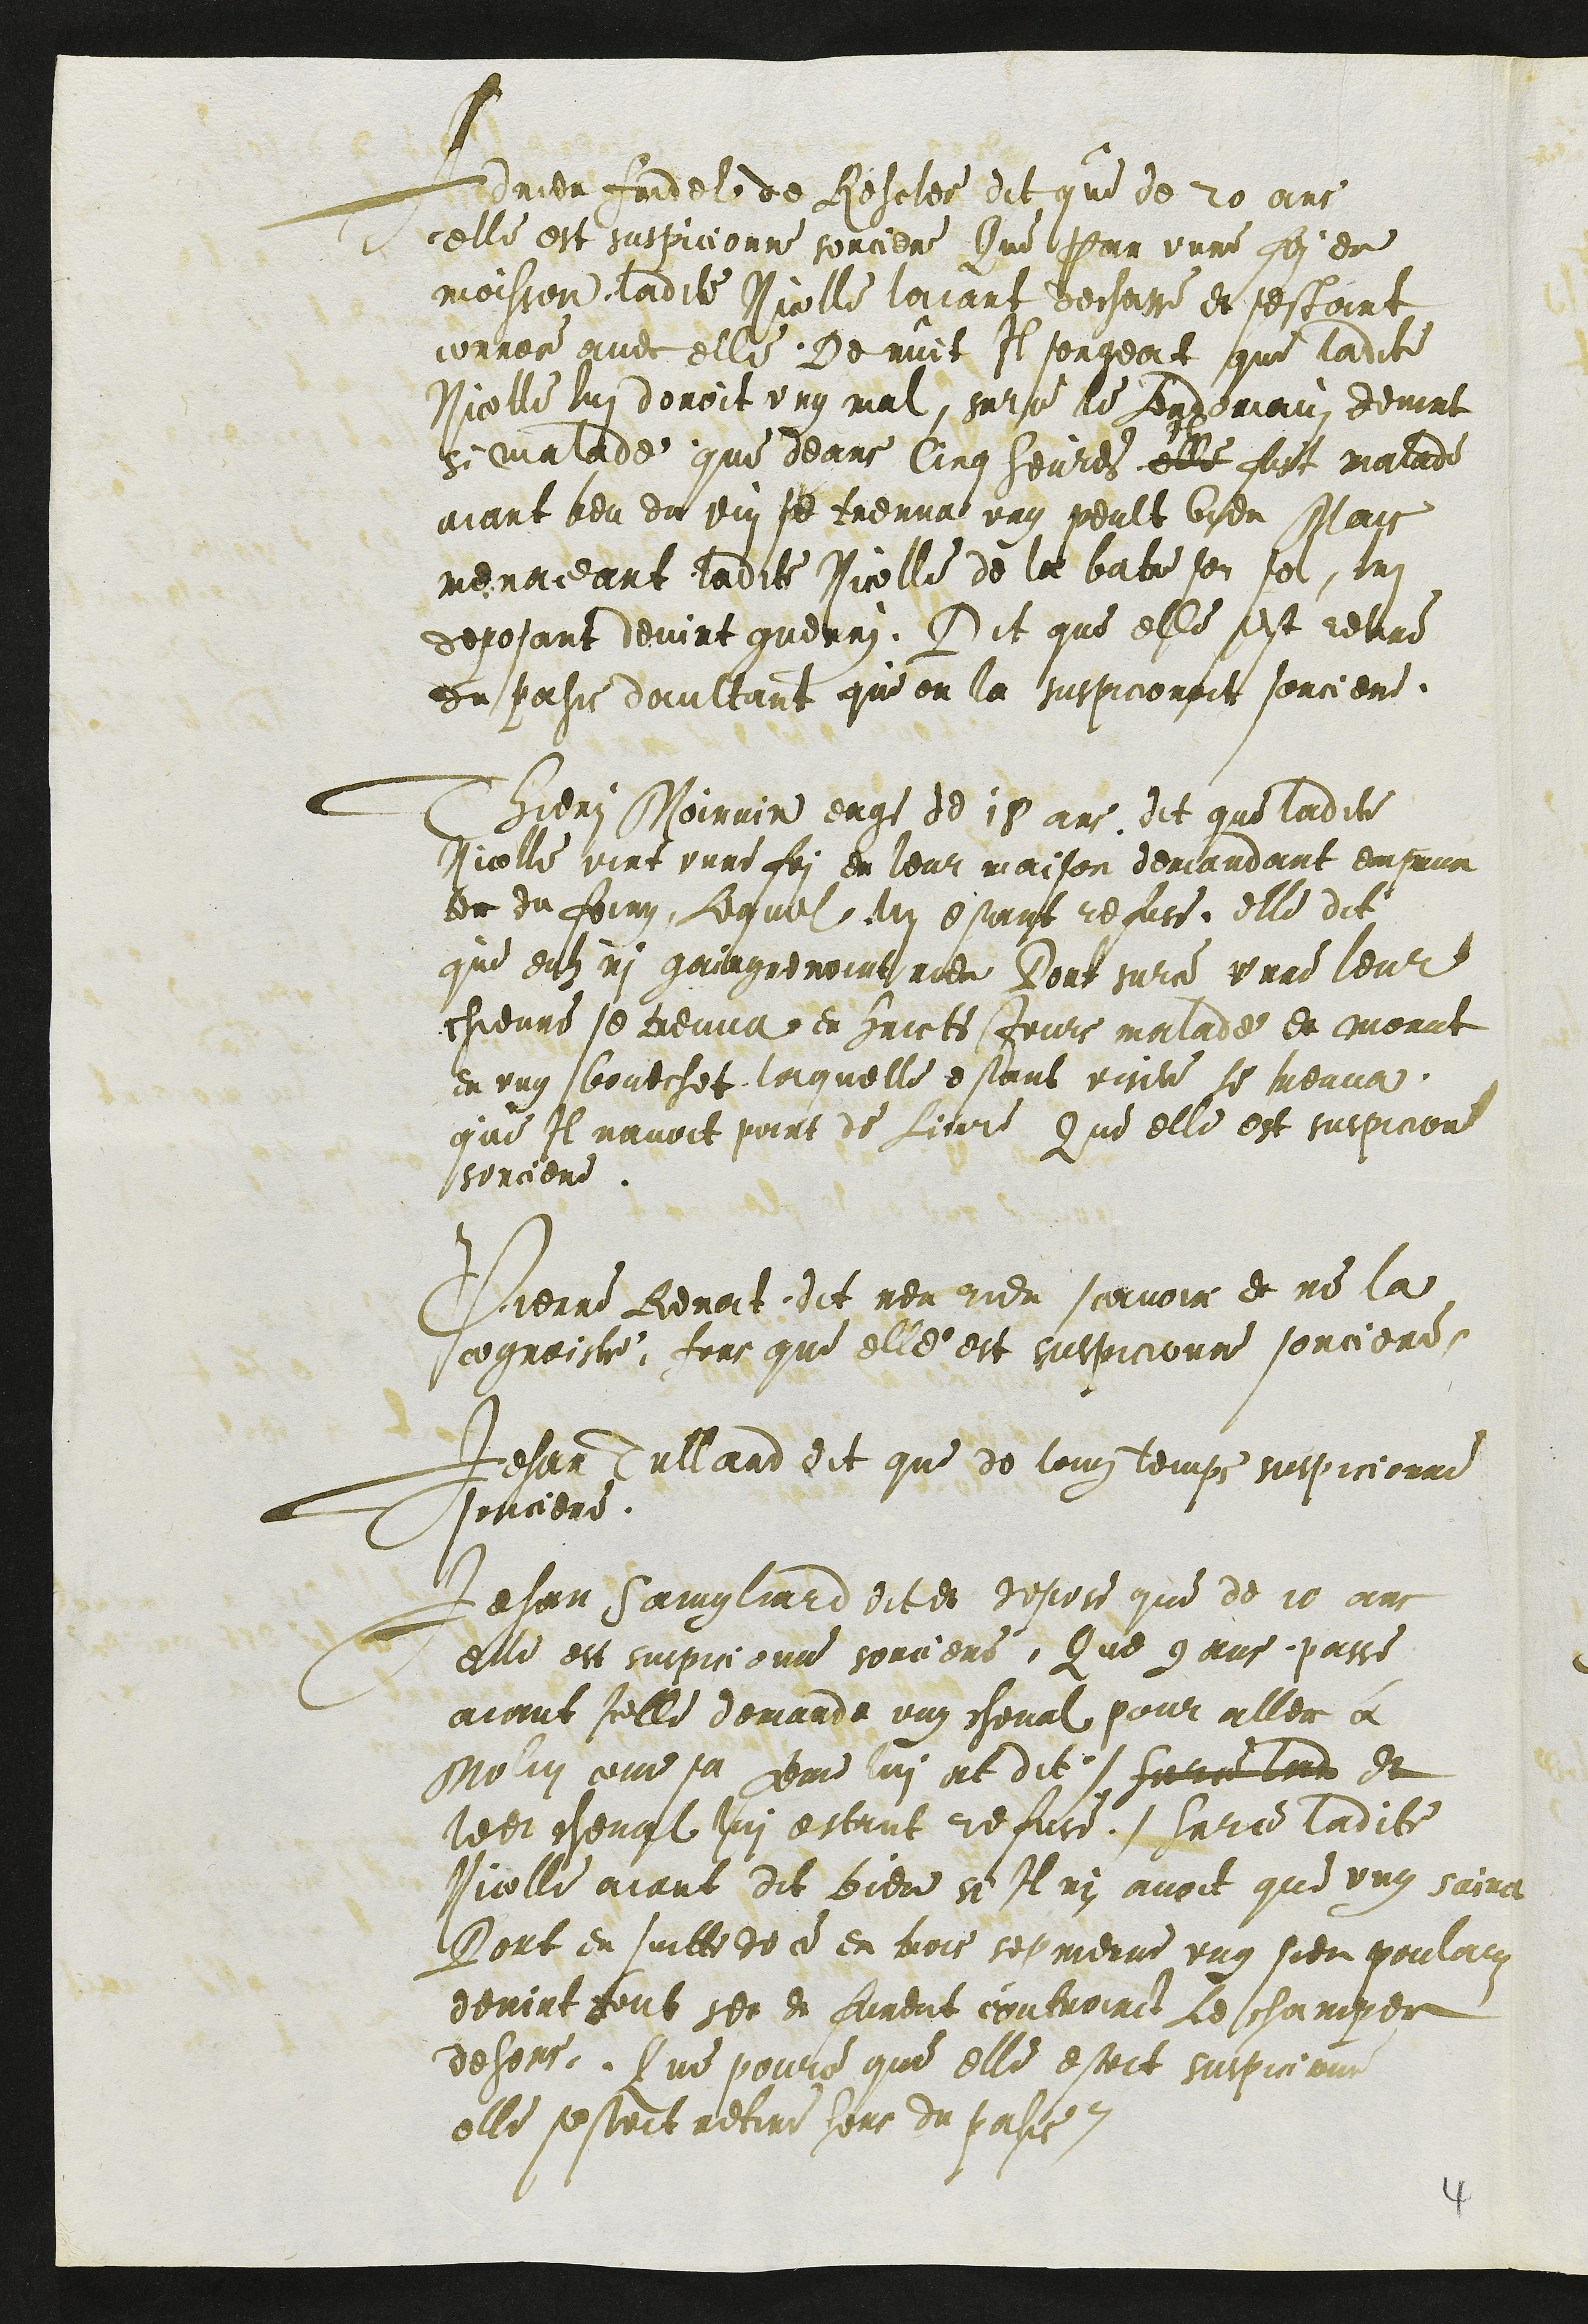
Adrien Fridel de Rescler dit que de 20 ans
celle est suspicionne sorciere Que par unne foi en
moisson ladite Nicolle laiant dechasse et sestant
ouvrer avec elle, De nuit Il songeat que ladite
Nicolle lui donoit ung mal, surce le Lendemain, devint
si malade, que deans Cinq heures elle
Il
fust malade
aiant beu du vin se treuva ung peult bien Mais
menaceant ladite Nicolle de la batre son sol, lui
deposant devint guerri. Dit que elle est retire
du pahis daultant que on la suspicionoit sorciere.
Thieri Moinnin eage de 18 ans dit que ladite
Nicolle vint unne foi en leur maison demandant emprun
ter du foing, Lequel lui estant refuse, elle dit
que eulz ni gaingneroint rien Dont surce unne leur
chievre se treuva en huicts Jours malade et morut
en ung boutchet laquelle estant visite se treuva
que Il navoit point de Liure Que elle est suspicione
sorciere.
Pierre Renat, dit nen rien savoir et ne la
cognoistre, fors que elle est suspicionne sorciere.
Jehan Tullard dit que de long temps suspicionne
sorciere.
Jehan Sainglard dit et depose que de 10 ans
elle est suspicionne sorciere. Que 9 ans passe
aiant Icelle demande ung cheval pour aller a
Molin come sa feme lui at dit (Surce lad et
ledit cheval lui estant refuse) Surce ladite
Nicolle aiant dit bien si Il ni avoit que ung sainct
Dont en suitte de ce en trois sepmenne ung sien poulainz
devint tout sec et furent controinct Le champer
dehors. Que pource que elle estoit suspicione
elle sestoit retire hors du pahis.